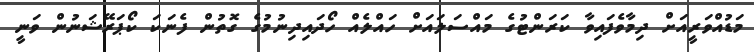
މަޑުއްވަރީއަށް ދިމާވެފައިވާ ކަރަންޓުގެ މައްސަލައަށް ހައްލެއް ހޯދައިދިނުމުގެ ގޮތުން ފެނަކަ ކޯޕަރޭޝަނުން ވަނީ